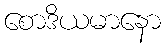
စောဒိယမာနော